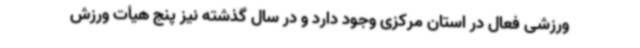
ورزشی فعال در استان مرکزی وجود دارد و در سال گذشته نیز پنج هیأت ورزش